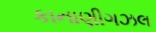
કાનાણીગઝલ